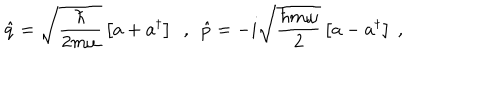
\hat { q } = \sqrt { \frac { \hbar } { 2 m \omega } } \left[ a + a ^ { \dagger } \right] \ \ , \ \ \hat { p } = - i \sqrt { \frac { \hbar m \omega } { 2 } } \left[ a - a ^ { \dagger } \right] \ ,